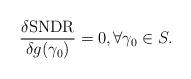
LaTeX: \begin{align*}\frac{\delta \mathrm{SNDR}}{\delta g(\gamma_0)}=0,\forall \gamma_0 \in S.\end{align*}